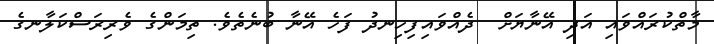
މާތްކުރައްވައި އަދި އޭނާޔަށް  ދެއްވައިފިހިނދު ފަހެ އޭނާ ބުނެތެވެ. ތިމަންގެ ވެރިރަސްކަލާނގެ